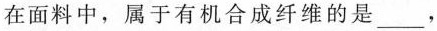
在面料中，属于有机合成纤维的是___，